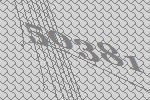
50381